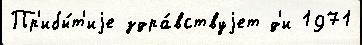
Пр'ибы́т'иjе здра́вствуjет д'и 1971